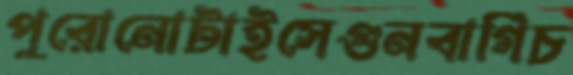
পুরোনোটাইসেগুনবাগিচ